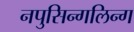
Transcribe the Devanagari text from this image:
नपुसिन्गलिन्ग